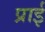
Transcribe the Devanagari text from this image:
प्राई